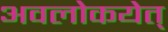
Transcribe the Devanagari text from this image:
अवलोकयेत्